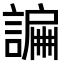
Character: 𧫲